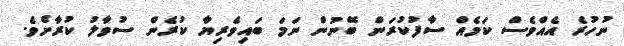
ނުހުރެ އެއްވެސް ކަމެއް ސާފުކުރަން ބޭނުން ނަމަ ބައިވެރިޔާ ކުރެން ސުވާލު ކުރާށެވެ.